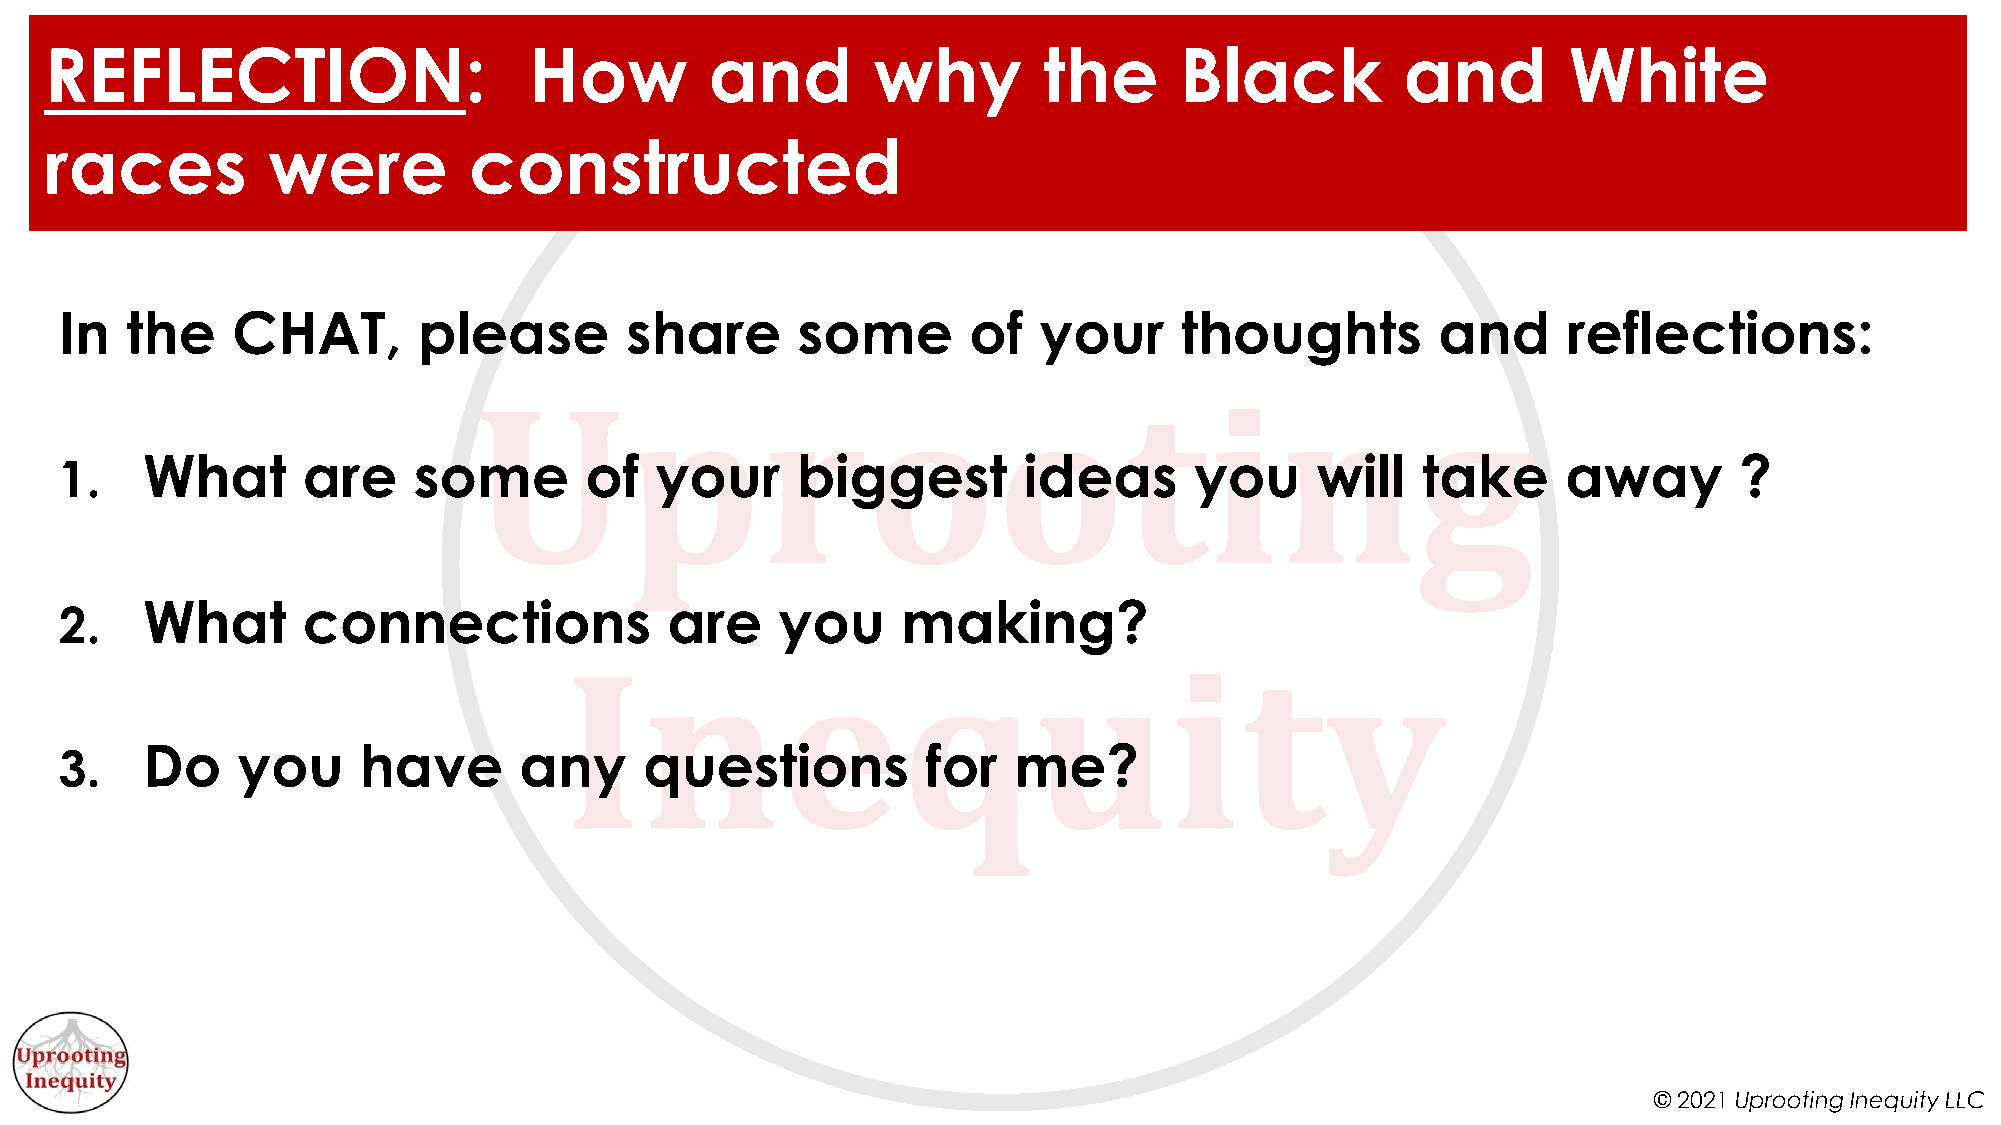
REFLECTION:                     How         and        why        the      Black          and        White
 races          were         constructed
 In  the    CHAT,        please       share       some       of   your     thoughts         and      reflections:
 What       are    some        of  your      biggest        ideas      you     will   take      away       ?
 1.
 What       connections             are     you     making?
 2.
 Do     you     have      any      questions         for   me?
 3.
 © 2021 Uprooting Inequity LLC